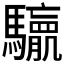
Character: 𮪛